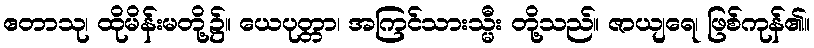
ဧတာသု၊ ထိုမိန်းမတို့၌။ ယေပုတ္တာ၊ အကြင်သားသ္မီး တို့သည်။ ဇာယျရေ၊ ဖြစ်ကုန်၏။